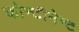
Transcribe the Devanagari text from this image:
कोन्टीनेन्ट